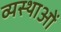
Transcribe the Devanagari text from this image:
व्यस्थाओं